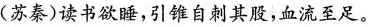
(苏秦)读书欲睡，引锥自刺其股，血流至足。